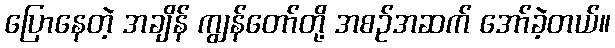
ပြောနေတဲ့ အချိန် ကျွန်တော်တို့ အစဉ်အဆက် အော်ခဲ့တယ်။